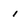
Character: 1